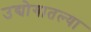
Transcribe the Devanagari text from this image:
उद्योगातल्या